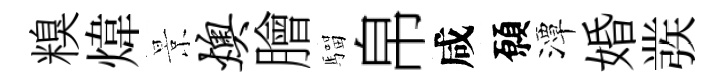
糗煒景燠膾騮帛咸願潭婚彂